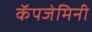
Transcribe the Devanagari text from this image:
कॅपजेमिनी